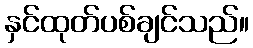
နှင်ထုတ်ပစ်ချင်သည်။